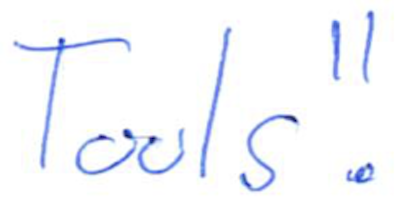
Text: Tools".
Cross-out: clean
Writing tool: ballpoint